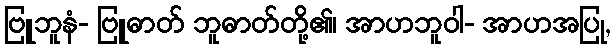
ဗြူဘူနံ- ဗြူဓာတ် ဘူဓာတ်တို့၏၊ အာဟဘူဝါ- အာဟအပြု,